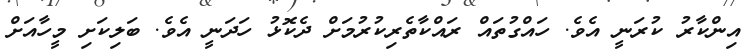
އިންކާރު ކުރަނީ އެވެ. ހައްގުތައް ރައްކާތެރިކުރުމަށް ދެކޮޅު ހަދަނީ އެވެ. ބަލިކަށި މީހާއަށް